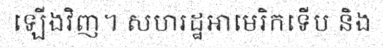
ឡើងវិញ។ សហរដ្ឋអាមេរិកទើប និង